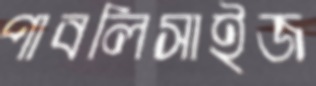
পাবলিসাইজ